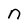
Character: n